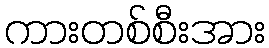
ကားတစ်စီးအား